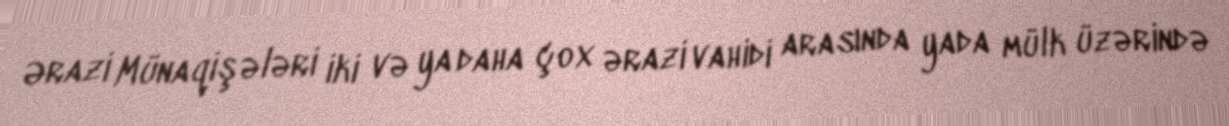
Ərazi Münaqişələri iki və ya daha çox ərazi vahidi arasında yada mülk üzərində